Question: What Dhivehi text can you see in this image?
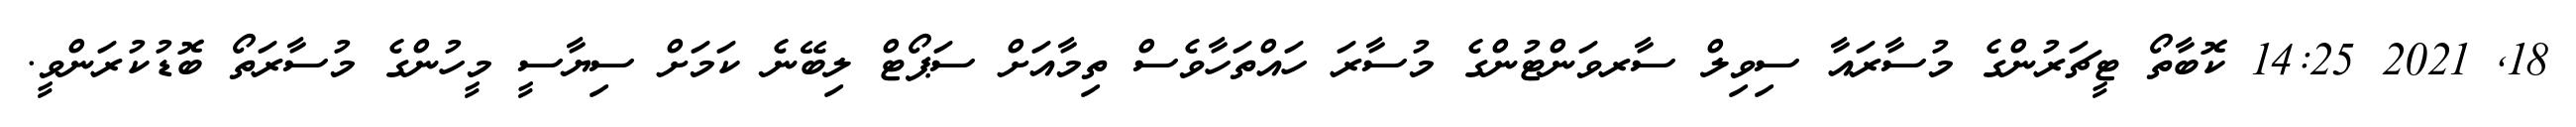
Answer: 18, 2021 14:25 ކޮބާތޯ ޓީޗަރުންގެ މުސާރައާ ސިވިލް ސާރވަންޓުންގެ މުސާރަ ހައްތަހާވެސް ތިމާއަށް ސަޕޯޓް ލިބޭނެ ކަމަށް ސިޔާސީ މީހުންގެ މުސާރަތޯ ބޮޑުކުރަންވީ.